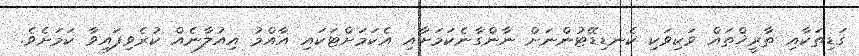
ގަޑިތަކާއި ތާރީޚްތައް ވަކިވަކި ކެނޑިޑޭޓުންނަށް ނާންގާނެކަމަށާއި އެކަމަށްޓަކައި އާއްމު އިއުލާނެއް ކުރެވިފައިވާ ކަމަށެވެ.